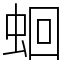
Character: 蛔